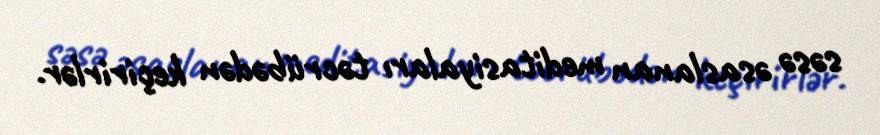
səsə əsaslanan meditasiyaları təcrübədən keçirirlər.